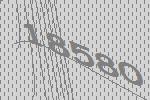
18580